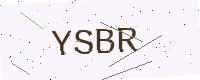
Text: YSBR